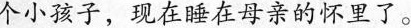
个小孩子，现在睡在母亲的怀里了。